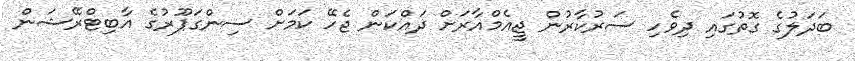
ބަދަލުގެ ގޮތުގައި ދިވެހި ސަރުކާރުން ޖީއެމްއާރަށް ދައްކަން ޖެހޭ ކަމަށް ސިންގަޕޫރުގެ އާބިޓްރޭޝަން